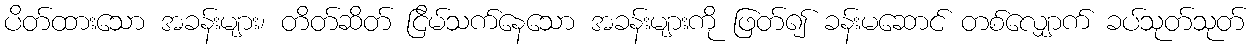
ပိတ်ထားသော အခန်းများ၊ တိတ်ဆိတ် ငြိမ်သက်နေသော အခန်းများကို ဖြတ်၍ ခန်းမဆောင် တစ်လျှောက် ခပ်သုတ်သုတ်